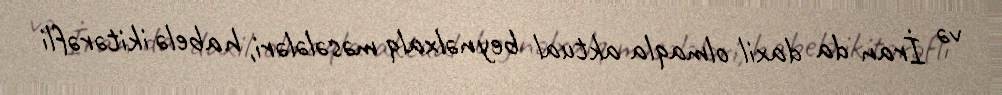
və İran da daxil olmaqla aktual beynəlxalq məsələləri, habelə ikitərəfli